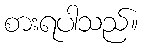
စားရပါသည်။